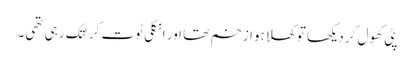
پٹی کھول کر دیکھا تو کھلا ہوا زخم تھا اور انگلی ٹوت کر لتک رہی تھی۔